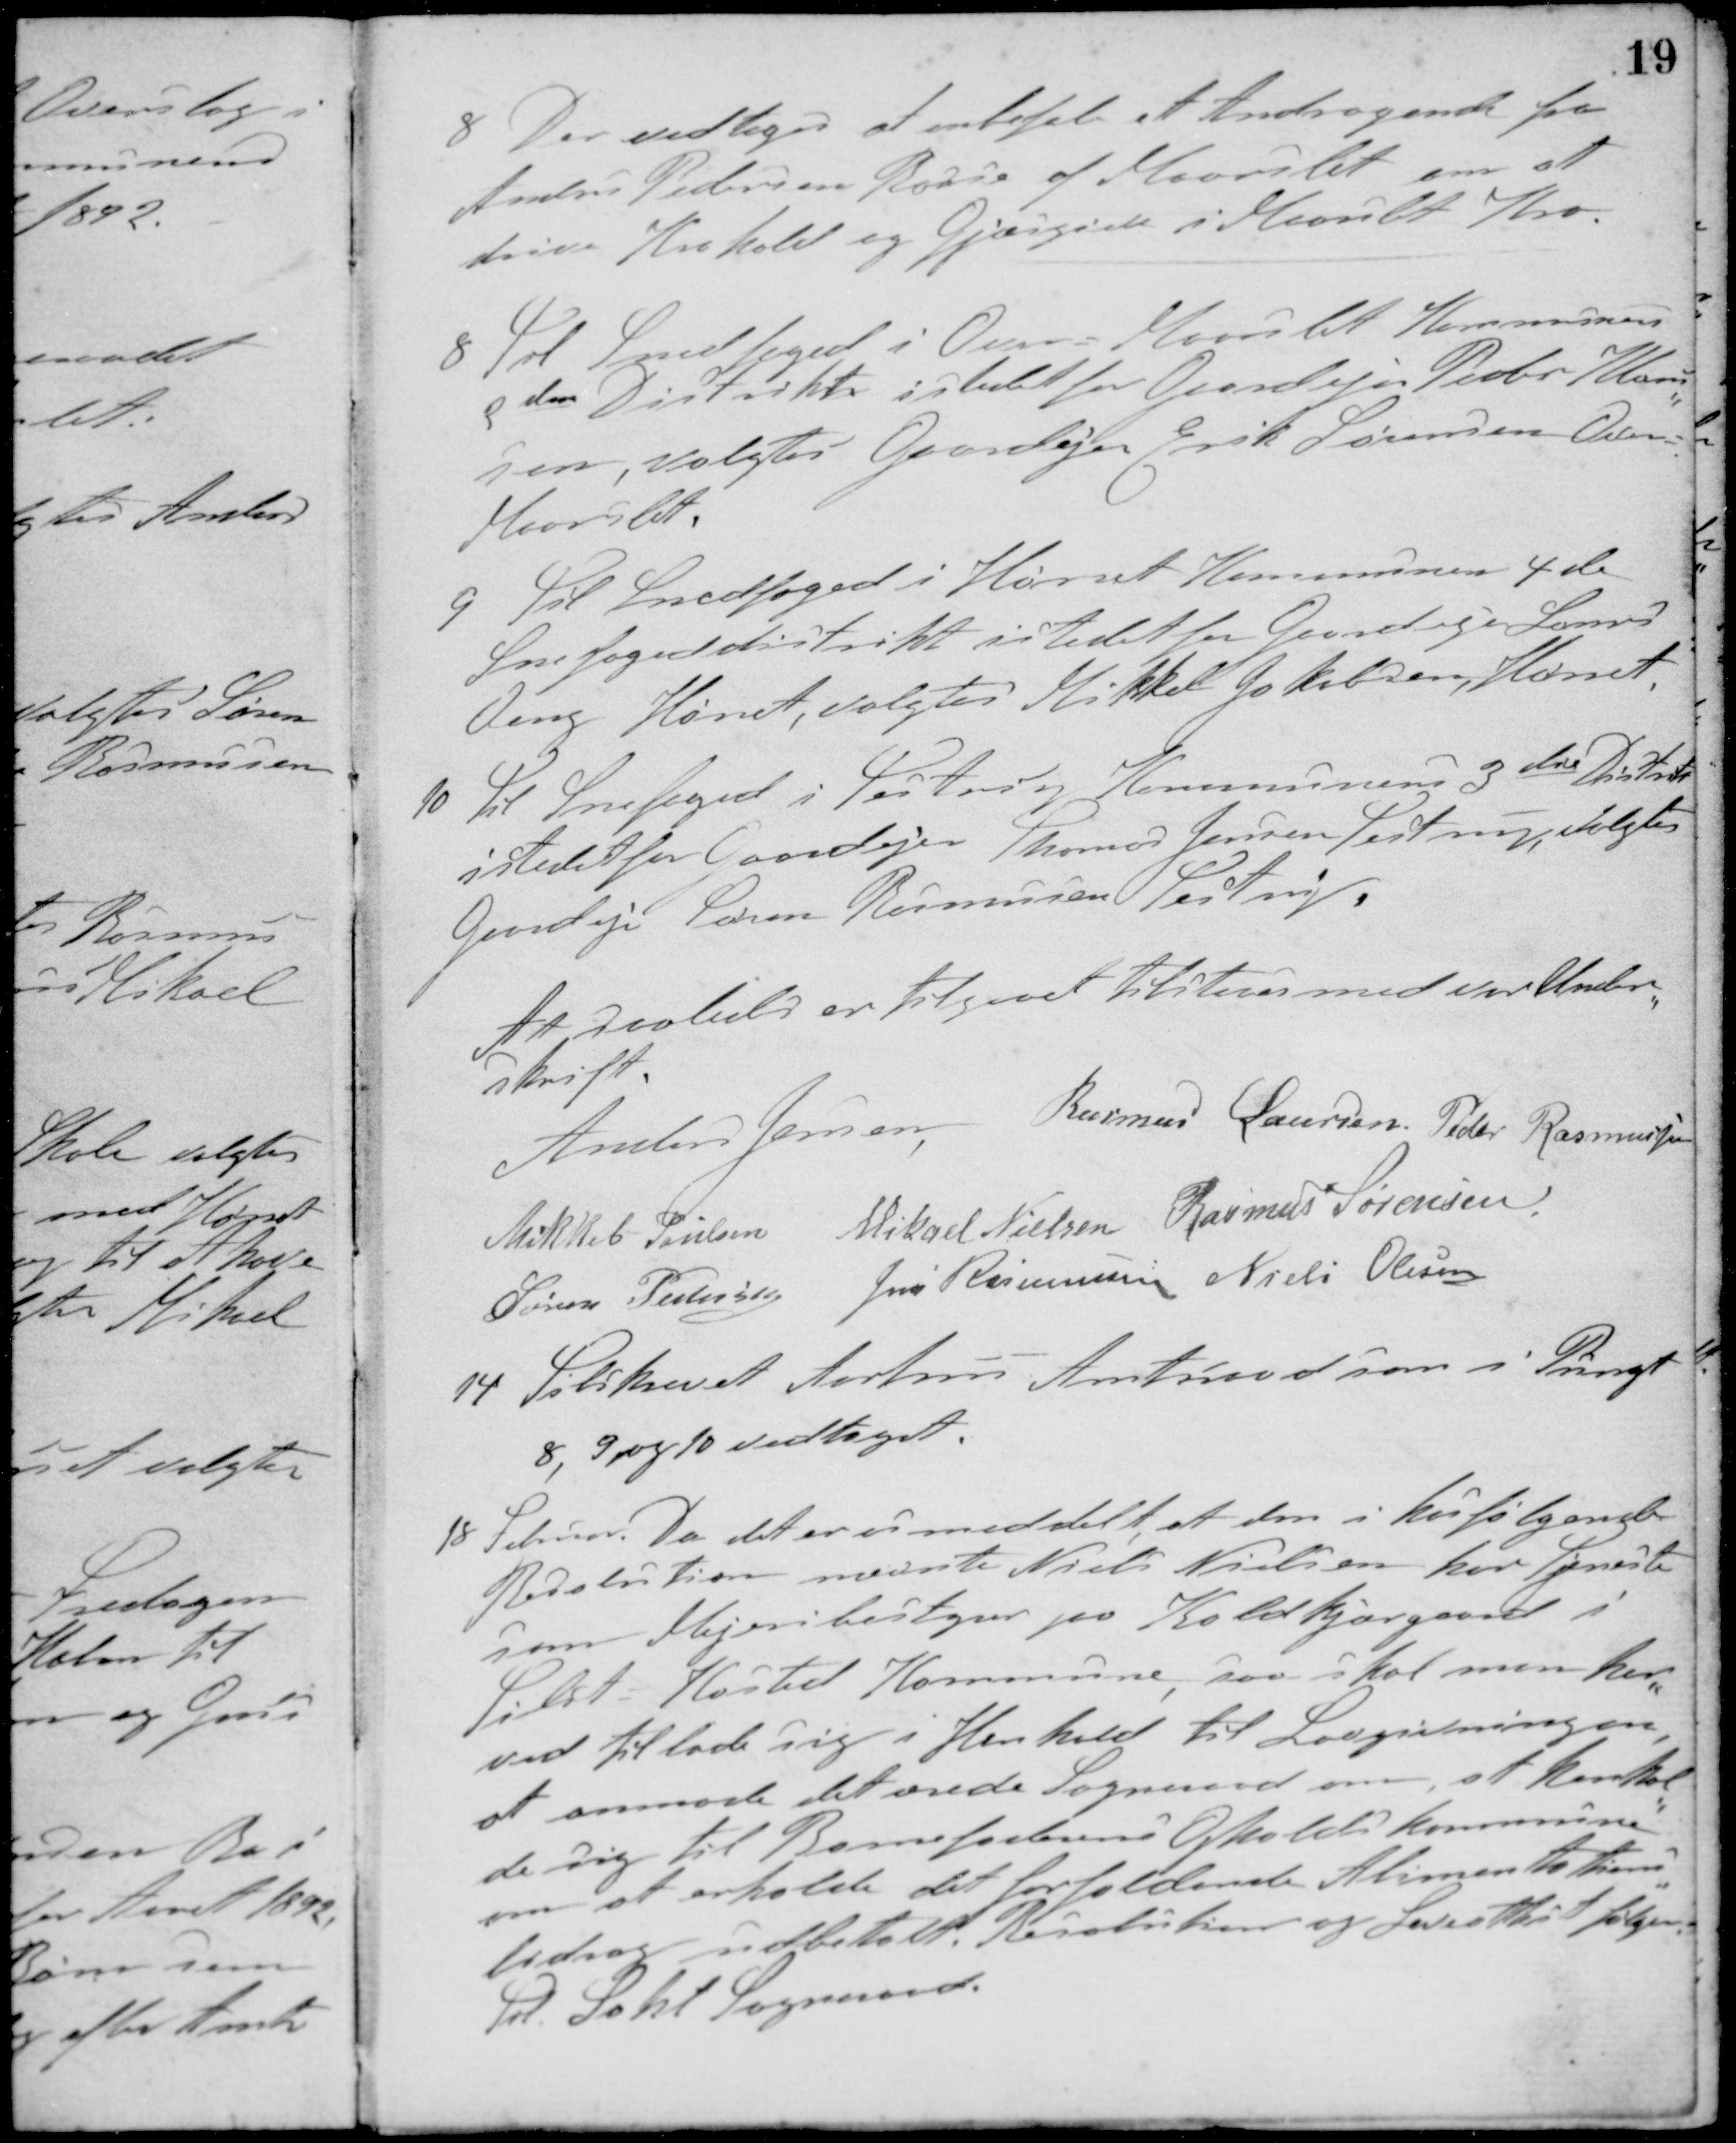
Transskription:
8. Der vedtoges at anbefale et Andragende fra
Anders Pedersen Rosse af Maarslet om at
drive Krohold og Gjæstgiveri i Maarslet Kro.
8 Til Snedfoged i Over-Maarslet Kommune
2den Distrikt istedet for Gaardejer Peder Han-
sen, valgtes Gaardejer Erik Sørensen Over-
Maarslet
9. Til Snedfoged i Hørret Kommune 4de
Snefogeddistrikt istedet for Gaardejer Laurs
Veng Hørret, valgtes Mikkel Jakobsen, Hørret
10. Til Snefoged i Testrup og Kommunens 3die Distrikt
istedet for Gaardejer Thomas Jensen Testrup, valgtes
Gaardejer Søren Rasmussen Testrup
At saaledes er tilgaaet tilstaaes med vor Under-
skrift
Anders Jensen Rasmus Laursen Peder Rasmussen
Mikkel Poulsen Mikael Nielsen Rasmus Sørensen
Søren Pedersen Jens Rasmussen Niels Olesen
14. Tilskrevet Aarhus Amtsraad som i Pungt
8, 9 og 10 vedtaget.
18 Februar. Da det er os meddelt, at den i hosfølgende
Resolution nævnte Niels Nielsen har Tjeneste
som Mejeribestyrer paa Koldkjærgaard i
Tilst Kasted Kommune, saa skal man her-
ved tillade sig i Henhold til Lovgivningen,
at anmode det ærede Sogneraad om, at henhol-
de sig til Barnefaderens Opholdskommune
om at erholde det forfaldende Alimentions-
bidrag udbetalt. Resolution og Leveattest følger
Til Sahl Sogneraad